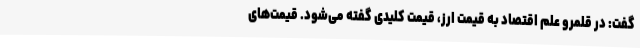
گفت: در قلمرو علم اقتصاد به قیمت ارز، قیمت کلیدی گفته می‌شود. قیمت‌های